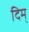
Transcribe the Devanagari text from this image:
दिम्